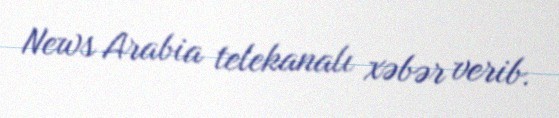
News Arabia telekanalı xəbər verib.